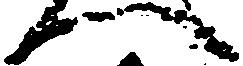
へ